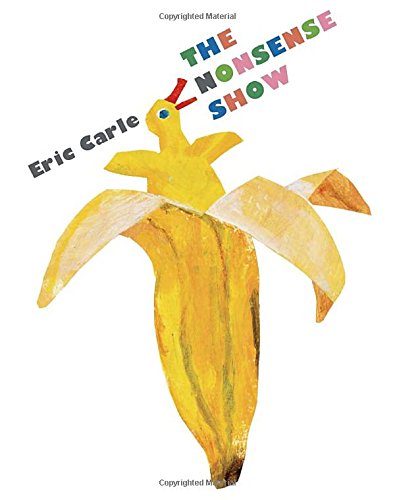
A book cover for The Nonsense Show; Eric Carle; Children's Books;